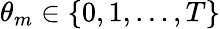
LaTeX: \theta_{m}\in\{ 0,1,\dots,T\}